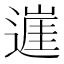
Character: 𨖭